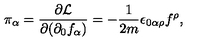
\pi _ { \alpha } = \frac { \partial \mathcal { L } } { \partial ( \partial _ { 0 } f _ { \alpha } ) } = - \frac { 1 } { 2 m } \epsilon _ { 0 \alpha \rho } f ^ { \rho } ,